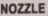
NOZZLE